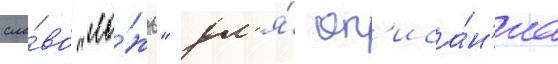
сло́во "ло́жь" дл'я́ оп'иса́н'иа